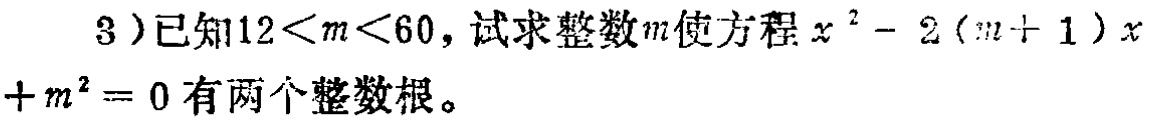
3）已知\(12 < m < 60\)，试求整数\(m\)使方程\(x^{2}-2(m + 1)x + m^{2}=0\)有两个整数根。